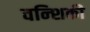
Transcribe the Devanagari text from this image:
वन्शिकी